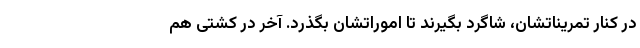
در کنار تمریناتشان، شاگرد بگیرند تا اموراتشان بگذرد. آخر در کشتی هم